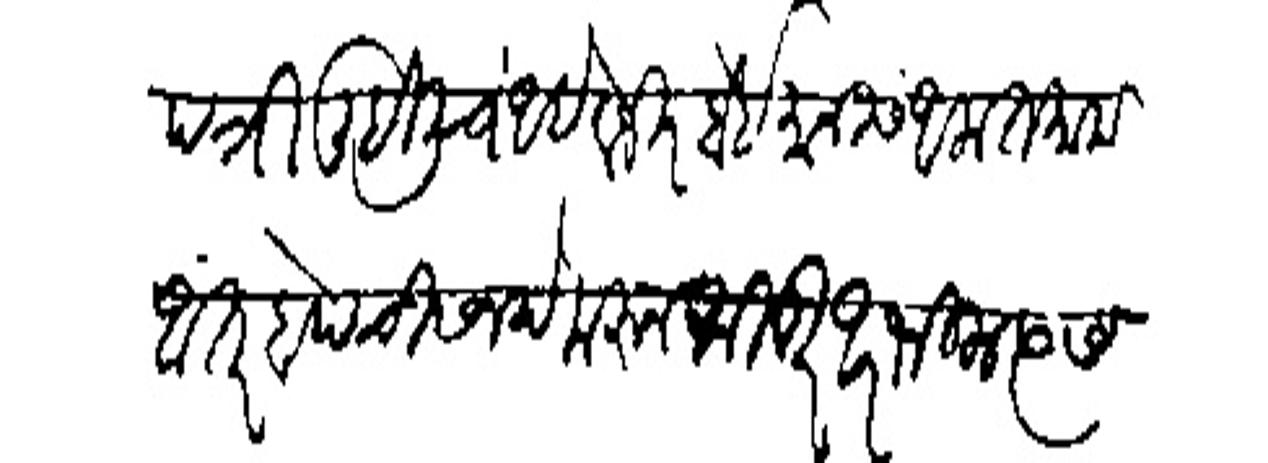
Transliteration (Devanagari): पत्री लिहिलीच आहे बजीर बेडमानीस आला तमाम आंतरवेदची सनदे फरन फितूर आरभिला रयास